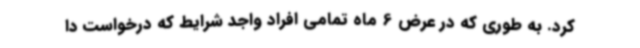
کرد. به طوری که در عرض 6 ماه تمامی افراد واجد شرایط که درخواست دا